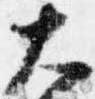
大